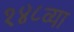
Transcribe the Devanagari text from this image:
१४८व्या